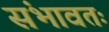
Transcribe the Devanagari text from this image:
संभावतः